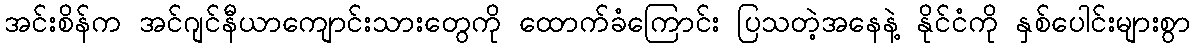
အင်းစိန်က အင်ဂျင်နီယာကျောင်းသားတွေကို ထောက်ခံကြောင်း ပြသတဲ့အနေနဲ့ နိုင်ငံကို နှစ်ပေါင်းများစွာ